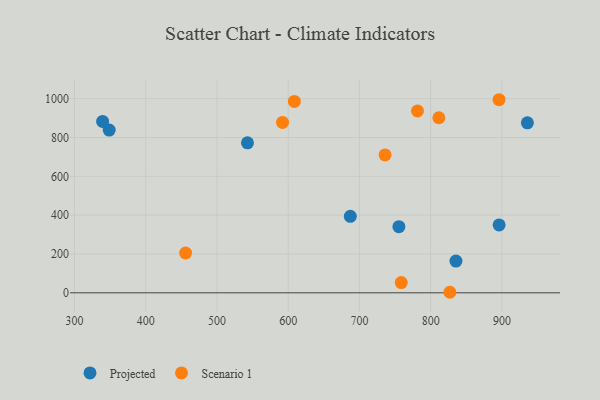
{"axis": {"x": "Engine Size", "y": "Rating"}, "legend": ["Projected", "Scenario 1"], "data": [{"x": "896.1", "y": 349.7, "type": "Projected"}, {"x": "835.5", "y": 163.3, "type": "Projected"}, {"x": "755.4", "y": 340.6, "type": "Projected"}, {"x": "542.8", "y": 772.5, "type": "Projected"}, {"x": "348.6", "y": 838.0, "type": "Projected"}, {"x": "339.4", "y": 882.7, "type": "Projected"}, {"x": "935.8", "y": 875.2, "type": "Projected"}, {"x": "687.2", "y": 393.9, "type": "Projected"}, {"x": "736.0", "y": 710.2, "type": "Scenario 1"}, {"x": "592.0", "y": 877.7, "type": "Scenario 1"}, {"x": "827.0", "y": 2.7, "type": "Scenario 1"}, {"x": "811.5", "y": 901.6, "type": "Scenario 1"}, {"x": "781.5", "y": 936.5, "type": "Scenario 1"}, {"x": "896.0", "y": 994.4, "type": "Scenario 1"}, {"x": "608.6", "y": 985.8, "type": "Scenario 1"}, {"x": "455.9", "y": 204.9, "type": "Scenario 1"}, {"x": "758.7", "y": 52.7, "type": "Scenario 1"}]}